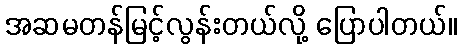
အဆမတန်မြင့်လွန်းတယ်လို့ ပြောပါတယ်။